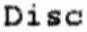
DISC